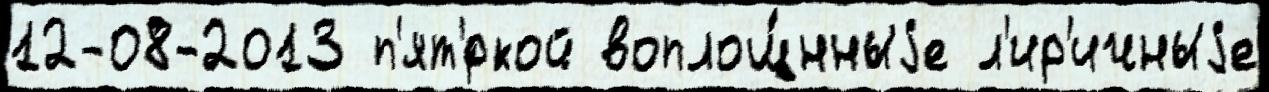
12-08-2013 п'ят'́ркой воплощ́нныjе л'ир'ичныjе